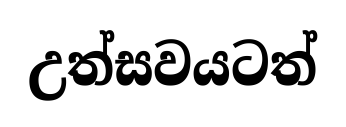
උත්සවයටත්